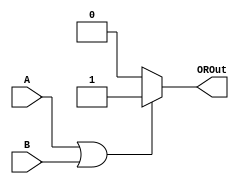
`timescale 1ns / 1ps
//////////////////////////////////////////////////////////////////////////////////
// Company: 
// Engineer: 
// 
// Design Name: 
// Module Name: OR
// Project Name: 
// Target Devices: 
// Tool Versions: 
// Description: 
// 
// Dependencies: 
// 
// Revision:
// Revision 0.01 - File Created
// Additional Comments:
// 
//////////////////////////////////////////////////////////////////////////////////


module OR(A, B, OROut);
    
    input A, B;
    output OROut;
    
    assign OROut = (A == 1 || B == 1) ? 1 : 0;
    
endmodule